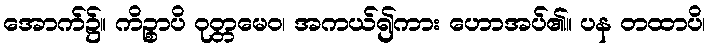
အောက်၌။ ကိဉ္စာပိ ဝုတ္တမေဝ၊ အကယ်၍ကား ဟောအပ်၏။ ပန တထာပိ၊